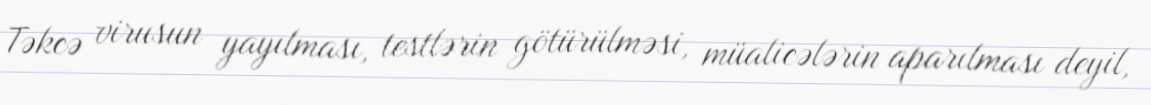
Təkcə virusun yayılması, testlərin götürülməsi, müalicələrin aparılması deyil,